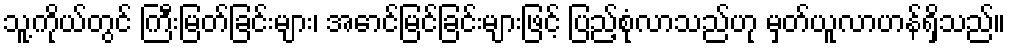
သူ့ကိုယ်တွင် ကြီးမြတ်ခြင်းများ၊ အောင်မြင်ခြင်းများဖြင့် ပြည့်စုံလာသည်ဟု မှတ်ယူလာဟန်ရှိသည်။